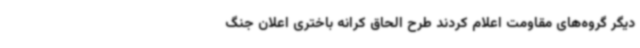
دیگر گروه‌های مقاومت اعلام کردند طرح الحاق کرانه باختری اعلان جنگ